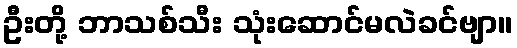
ဦးတို့ ဘာသစ်သီး သုံးဆောင်မလဲခင်ဗျာ။